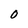
Character: 0